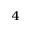
^ 4